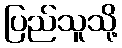
ပြည်သူသို့